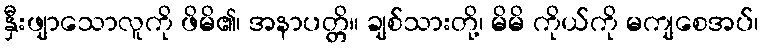
နှီးဖျာသောလူကို ဖိမိ၏၊ အနာပတ္တိ။ ချစ်သားတို့၊ မိမိ ကိုယ်ကို မကျစေအပ်၊